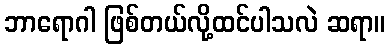
ဘာရောဂါ ဖြစ်တယ်လို့ထင်ပါသလဲ ဆရာ။